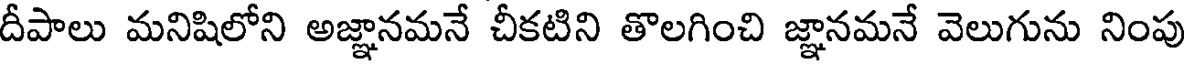
దీపాలు మనిషిలోని అజ్ఞానమనే చీకటిని తొలగించి జ్ఞానమనే వెలుగును నింపు